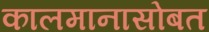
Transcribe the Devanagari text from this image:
कालमानासोबत